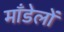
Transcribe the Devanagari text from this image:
माँडेलों